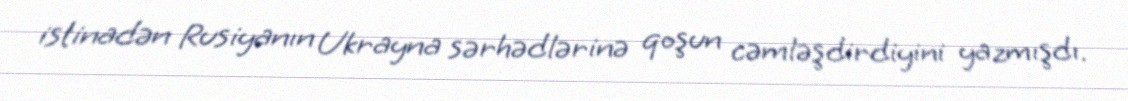
istinadən Rusiyanın Ukrayna sərhədlərinə qoşun cəmləşdirdiyini yazmışdı.